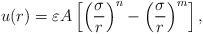
LaTeX: \begin{align*}u(r) = \varepsilon A \left[ \left( \frac{\sigma}{r} \right)^{n} - \left( \frac{\sigma}{r} \right)^{m} \right],\end{align*}